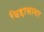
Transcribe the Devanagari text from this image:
विद्दासागर